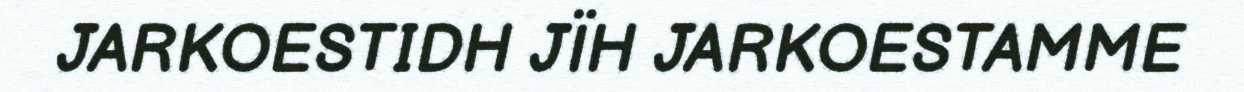
JARKOESTIDH JÏH JARKOESTAMME